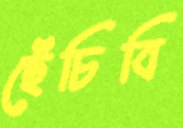
ছেঁচিবি